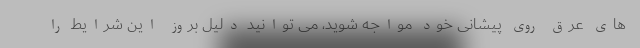
های عرق روی پیشانی خود مواجه شوید، می توانید دلیل بروز این شرایط را